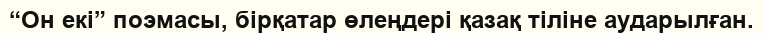
“Он екі” поэмасы, бірқатар өлеңдері қазақ тіліне аударылған.